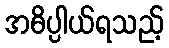
အဓိပ္ပါယ်ရသည့်